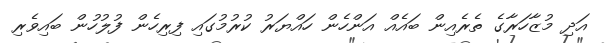
އަދި މުޒާހަރާގެ ތެރެއިން ބައެއް އަންހެން ހައްޔަރު ކުރުމުގައި ފިރިހެން ފުލުހުން ބައިވެރި